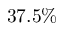
3 7 . 5 \%